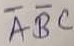
Text: ABC